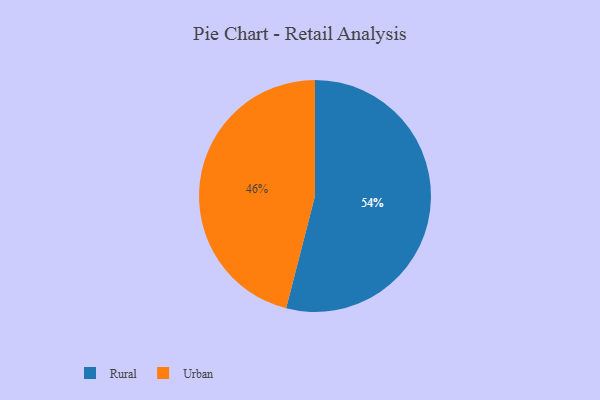
{"axis": {"x": "Category", "y": "Percentage"}, "legend": ["Rural", "Urban"], "data": [{"x": "Urban", "y": 46, "type": "Urban"}, {"x": "Rural", "y": 54, "type": "Rural"}]}